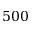
5 0 0